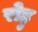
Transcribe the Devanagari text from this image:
रोहु